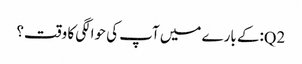
Q2:کے بارے میں آپ کی حوالگی کا وقت؟